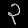
Digit: ၃